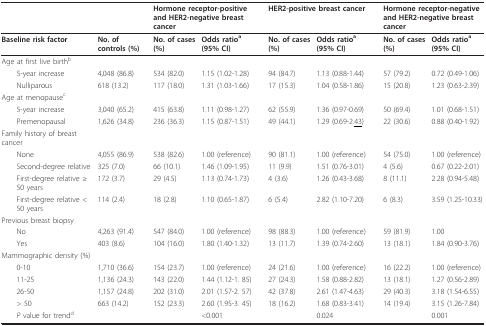
<table><thead><tr><td></td><td></td><td colspan="2"><b>Hormone receptor-positive and HER2-negative breast cancer</b></td><td></td><td colspan="2"><b>HER2-positive breast cancer</b></td><td></td><td colspan="2"><b>Hormone receptor-negative and HER2-negative breast cancer</b></td></tr></thead><tbody><tr><td><b>Baseline risk factor</b></td><td><b>No. of controls (%)</b></td><td><b>No. of cases (%)</b></td><td><b>Odds ratio<sup>a</sup>(95% CI)</b></td><td></td><td><b>No. of cases (%)</b></td><td><b>Odds ratio<sup>a</sup>(95% CI)</b></td><td></td><td><b>No. of cases (%)</b></td><td><b>Odds ratio<sup>a</sup></b><b>(95% CI)</b></td></tr><tr><td>Age at first live birth<sup>b</sup></td><td></td><td></td><td></td><td></td><td></td><td></td><td></td><td></td><td></td></tr><tr><td> 5-year increase</td><td>4,048 (86.8)</td><td>534 (82.0)</td><td>1.15 (1.02-1.28)</td><td></td><td>94 (84.7)</td><td>1.13 (0.88-1.44)</td><td></td><td>57 (79.2)</td><td>0.72 (0.49-1.06)</td></tr><tr><td> Nulliparous</td><td>618 (13.2)</td><td>117 (18.0)</td><td>1.31 (1.03-1.66)</td><td></td><td>17 (15.3)</td><td>1.04 (0.58-1.86)</td><td></td><td>15 (20.8)</td><td>1.23 (0.63-2.39)</td></tr><tr><td>Age at menopause<sup>c</sup></td><td></td><td></td><td></td><td></td><td></td><td></td><td></td><td></td><td></td></tr><tr><td> 5-year increase</td><td>3,040 (65.2)</td><td>415 (63.8)</td><td>1.11 (0.98-1.27)</td><td></td><td>62 (55.9)</td><td>1.36 (0.97-0.69)</td><td></td><td>50 (69.4)</td><td>1.01 (0.68-1.51)</td></tr><tr><td> Premenopausal</td><td>1,626 (34.8)</td><td>236 (36.3)</td><td>1.15 (0.87-1.51)</td><td></td><td>49 (44.1)</td><td>1.29 (0.69-2.<underline>43</underline>)</td><td></td><td>22 (30.6)</td><td>0.88 (0.40-1.92)</td></tr><tr><td>Family history of breast cancer</td><td></td><td></td><td></td><td></td><td></td><td></td><td></td><td></td><td></td></tr><tr><td> None</td><td>4,055 (86.9)</td><td>538 (82.6)</td><td>1.00 (reference)</td><td></td><td>90 (81.1)</td><td>1.00 (reference)</td><td></td><td>54 (75.0)</td><td>1.00 (reference)</td></tr><tr><td> Second-degree relative</td><td>325 (7.0)</td><td>66 (10.1)</td><td>1.46 (1.09-1.95)</td><td></td><td>11 (9.9)</td><td>1.51 (0.76-3.01)</td><td></td><td>4 (5.6)</td><td>0.67 (0.22-2.01)</td></tr><tr><td> First-degree relative ≥ 50 years</td><td>172 (3.7)</td><td>29 (4.5)</td><td>1.13 (0.74-1.73)</td><td></td><td>4 (3.6)</td><td>1.26 (0.43-3.68)</td><td></td><td>8 (11.1)</td><td>2.28 (0.94-5.48)</td></tr><tr><td> First-degree relative &lt; 50 years</td><td>114 (2.4)</td><td>18 (2.8)</td><td>1.10 (0.65-1.87)</td><td></td><td>6 (5.4)</td><td>2.82 (1.10-7.20)</td><td></td><td>6 (8.3)</td><td>3.59 (1.25-10.33)</td></tr><tr><td>Previous breast biopsy</td><td></td><td></td><td></td><td></td><td></td><td></td><td></td><td></td><td></td></tr><tr><td> No</td><td>4,263 (91.4)</td><td>547 (84.0)</td><td>1.00 (reference)</td><td></td><td>98 (88.3)</td><td>1.00 (reference)</td><td></td><td>59 (81.9)</td><td>1.00</td></tr><tr><td> Yes</td><td>403 (8.6)</td><td>104 (16.0)</td><td>1.80 (1.40-1.32)</td><td></td><td>13 (11.7)</td><td>1.39 (0.74-2.60)</td><td></td><td>13 (18.1)</td><td>1.84 (0.90-3.76)</td></tr><tr><td>Mammographic density (%)</td><td></td><td></td><td></td><td></td><td></td><td></td><td></td><td></td><td></td></tr><tr><td> 0-10</td><td>1,710 (36.6)</td><td>154 (23.7)</td><td>1.00 (reference)</td><td></td><td>24 (21.6)</td><td>1.00 (reference)</td><td></td><td>16 (22.2)</td><td>1.00 (reference)</td></tr><tr><td> 11-25</td><td>1,136 (24.3)</td><td>143 (22.0)</td><td>1.44 (1.12-1. 85)</td><td></td><td>27 (24.3)</td><td>1.58 (0.88-2.82)</td><td></td><td>13 (18.1)</td><td>1.27 (0.56-2.89)</td></tr><tr><td> 26-50</td><td>1,157 (24.8)</td><td>202 (31.0)</td><td>2.01 (1.57-2. 57)</td><td></td><td>42 (37.8)</td><td>2.61 (1.47-4.63)</td><td></td><td>29 (40.3)</td><td>3.18 (1.54-6.55)</td></tr><tr><td> &gt; 50</td><td>663 (14.2)</td><td>152 (23.3)</td><td>2.60 (1.95-3. 45)</td><td></td><td>18 (16.2)</td><td>1.68 (0.83-3.41)</td><td></td><td>14 (19.4)</td><td>3.15 (1.26-7.84)</td></tr><tr><td> <i>P </i>value for trend<sup>d</sup></td><td></td><td></td><td>&lt;0.001</td><td></td><td></td><td>0.024</td><td></td><td></td><td>0.001</td></tr></tbody></table>